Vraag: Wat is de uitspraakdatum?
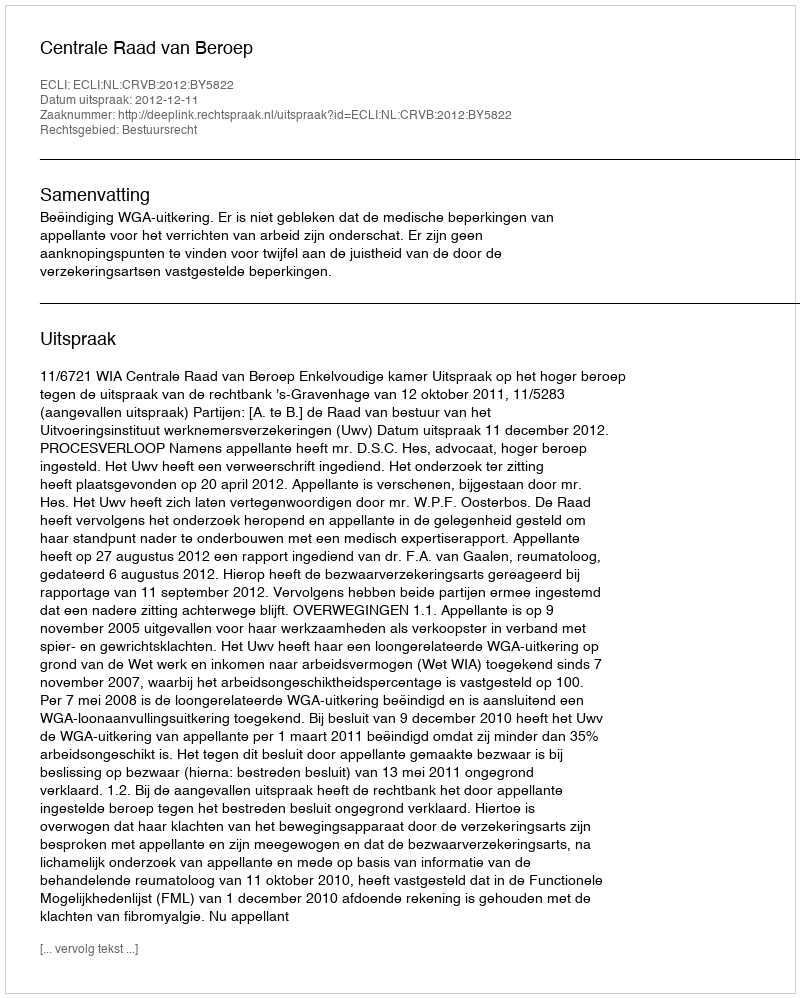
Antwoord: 2012-12-11